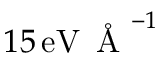
1 5 \, \mathrm { e V } \, \mathrm { ~ \AA ~ } ^ { - 1 }